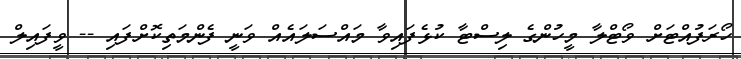
ހޯރަފުއްޓަށް ވޯޓްލާ މީހުންގެ ލިސްޓާ ކުޅެފައިވާ މައްސަލައެއް ވަނީ ފެންމަތިކޮށްފައި -- ވީފައިލް